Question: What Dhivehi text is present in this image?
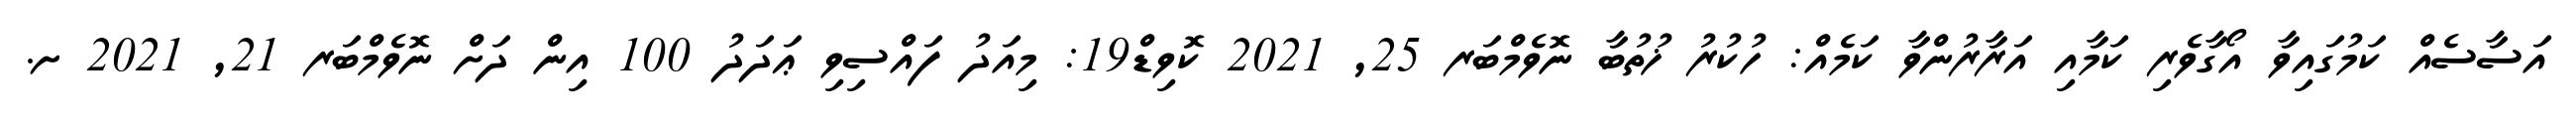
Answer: އަސާސެއް ކަމުގައިވާ އޯގާވެރި ކަމާއި އަރާރުންވާ ކަމެއް: ހުކުރު ޚުތުބާ ނޮވެމްބަރ 25, 2021 ކޮވިޑް19: މިއަދު ފައްސިވި ޢަދަދު 100 އިން ދަށް ނޮވެމްބަރ 21, 2021 ށ.